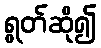
ရွတ်ဆို၍